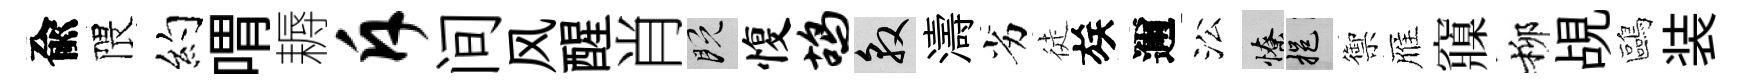
兪隈约喟耨斥间风醒肖既愎鸪敦濤劣徒族邇㳂憭挹禦雁䆿柳覘鷗装